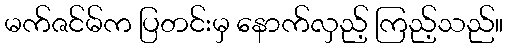
မက်ဇင်မ်က ပြတင်းမှ နောက်လှည့် ကြည့်သည်။